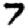
Digit: 7